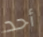
أحد